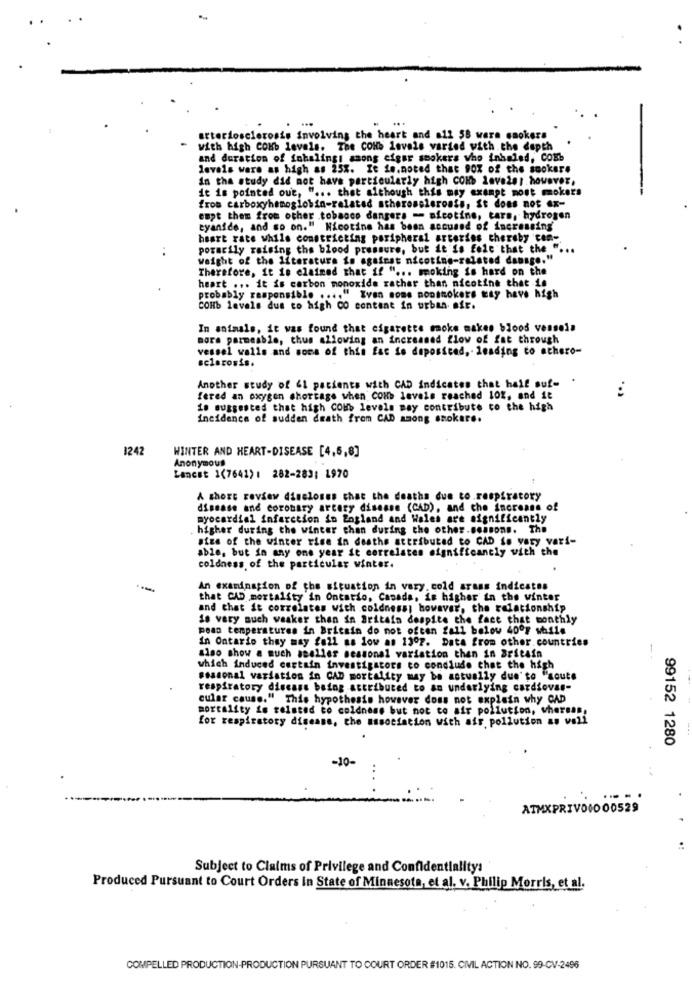
arteriosclerosis involving the heart and all 58 were smokers
with high COHb levels. The COHb levels varted with the depth
and duration of inhalings asons cigar smokers who inhaled, COBb
levels were as high as 25%. It Le.noted that 90% of the sookere
in the study did not have particularly high COHb levels ; however,
it is pointed out, " ... that although this may exempt mont mokers
from carboxyhemoglobin-related atherosclerosis, St does not ex-
empt them from other .tobacco dangers - nicotine, tars, hydrogen
"yanide, and so on." Nicotine has been accused of increasing
heart rate while constricting peripheral arterias thereby cen-
porarily raising the blood pressure, but it is fele that the " ..
weight of the literatura io against nicotine-related dansge."
Therefore, it is claimed that if " ... moking is hard on the
heart ... it is carbon monoxide rather than nicotine that is
probably responsible .... " Ivan sons nonthokets way have high
COHb levels dus to high CO content in urban afr.
In animals, it was found that cigarette moke makes blood vessels
more parmeable, thus allowing an increased flow of fat through
vessel walls and sons of this fac io deposited, leading to achero-
sclerosis.
Another study of &1 patients with CAD indicates that half suf- .
fered an oxygen shortage when COHb levels reached 10%, and it
10 suggested that high COHb levels may contribute to the high
incidence of sudden death from CAD among smokers.
1242
WINTER AND HEART-DISEASE [4,5,8]
Anonymous
Lancet 1(7641) : 282-283; 1970
A short review discloses that the deaths due to respiratory
disease and coronary artery disease (CAD), and che increase of
myocardial infarction in England and Wales are significantly
higher during the winter chan during the other.seasons. The
size of the winter rise in deathe attributed to CAD to vary vari-
able, but in any one year it correlates significantly with the
coldness of the particular winter.
An examination of the situation in vary. cold srans indicates
that CAD mortality in Ontario, Canada, is higher in the winter
and that it correlates with coldness; however, the relationship
is very much weaker than in Britain despite the fact that monthly
pean temperatures in Britain do not often fall below 40ºF while
In Ontario they may fa21 as low as 13º7. Data from other countries
--
also show a much seeller seasonal variation then in Britain
which induced certain investigators co conclude that the high
seasonal variation in CAD mortality may be actually due to "coute
respiratory discans being attributed to an underlying cardiovas-
cular cause." This hypothesis however doss not explain why CAD
mortality is related to coldness but not to air pollution, whereas,
for respiratory disease, che association with air pollution as well
99152 1280
-10-
ATMXPRIVO0000529
Subject to Claims of Privilege and Confidentiality:
Produced Pursuant to Court Orders in State of Minnesota, et al. v. Philip Morris, et al.
COMPELLED PRODUCTION-PRODUCTION PURSUANT TO COURT ORDER #1015. CIVIL ACTION NO. 99-CV-2496